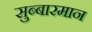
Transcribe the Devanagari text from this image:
सुब्बारमान